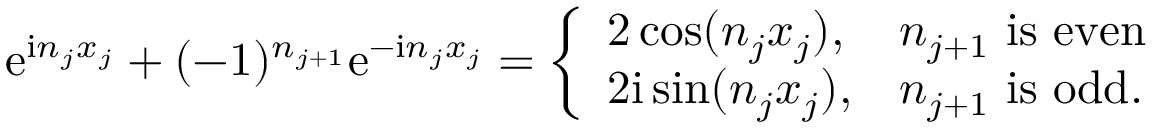
\mathrm { e } ^ { \mathrm { i } n _ { j } x _ { j } } + ( - 1 ) ^ { n _ { j + 1 } } \mathrm { e } ^ { - \mathrm { i } n _ { j } x _ { j } } = \left\{ \begin{array} { l l } { 2 \cos ( n _ { j } x _ { j } ) , } & { n _ { j + 1 } \mathrm { ~ i s ~ e v e n } } \\ { 2 \mathrm { i } \sin ( n _ { j } x _ { j } ) , } & { n _ { j + 1 } \mathrm { ~ i s ~ o d d . } } \end{array} \right.